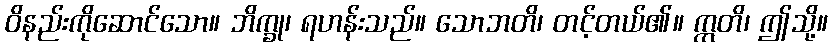
ဝိနည်းကိုဆောင်သော။ ဘိက္ခု၊ ရဟန်းသည်။ သောဘတိ၊ တင့်တယ်၏။ ဣတိ၊ ဤသို့။